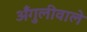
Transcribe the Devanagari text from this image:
अँगुलीवाले